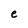
Character: e